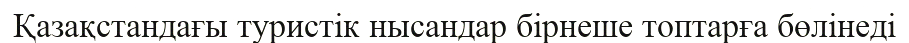
Қазақстандағы туристік нысандар бірнеше топтарға бөлінеді